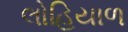
લોહિયાળ